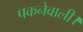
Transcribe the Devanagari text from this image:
पकनेवाली।